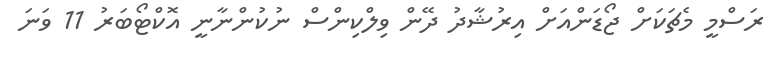
ރަސްމީ މެޗަކަށް ޖޯޑަންއަށް އިރުޝާދު ދޭން ވިލްކިންސް ނުކުންނާނީ އޮކްޓޯބަރު 11 ވަނަ